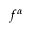
f ^ { \alpha }